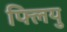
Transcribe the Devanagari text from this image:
फ्लियु